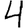
Digit: 4